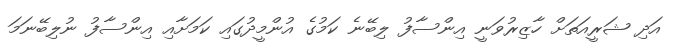
އަދި ޝަރީއަތަށް ހާޒިރުވަނީ އިންސާފު ލިބޭނެ ކަމުގެ އުންމީދުގައި ކަމަށާއި އިންސާފު ނުލިބޭނަމަ